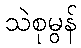
သဲစုမွန်